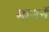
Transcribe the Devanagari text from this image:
माननॅ